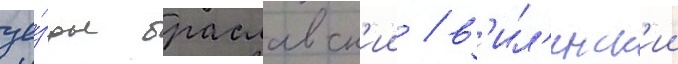
уе́зды браславск'ии / в'ил'енск'ии